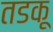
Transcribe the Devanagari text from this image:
तडकू